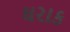
ઘરાક